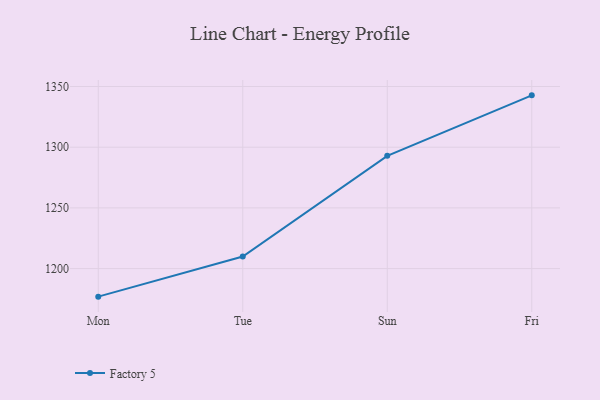
{"axis": {"x": "Day", "y": "Churn Rate (%)"}, "legend": ["Factory 5"], "data": [{"x": "Mon", "y": 1176.9, "type": "Factory 5"}, {"x": "Tue", "y": 1210.0, "type": "Factory 5"}, {"x": "Sun", "y": 1292.9, "type": "Factory 5"}, {"x": "Fri", "y": 1342.7, "type": "Factory 5"}]}